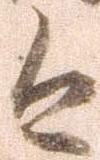
今